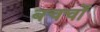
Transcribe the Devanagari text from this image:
बचचों